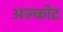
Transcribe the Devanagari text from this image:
अल्कोट